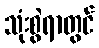
သုံးစွဲရာတွင်